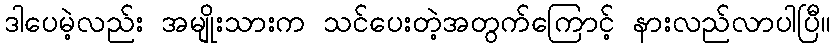
ဒါပေမဲ့လည်း အမျိုးသားက သင်ပေးတဲ့အတွက်ကြောင့် နားလည်လာပါပြီ။